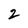
Character: 2